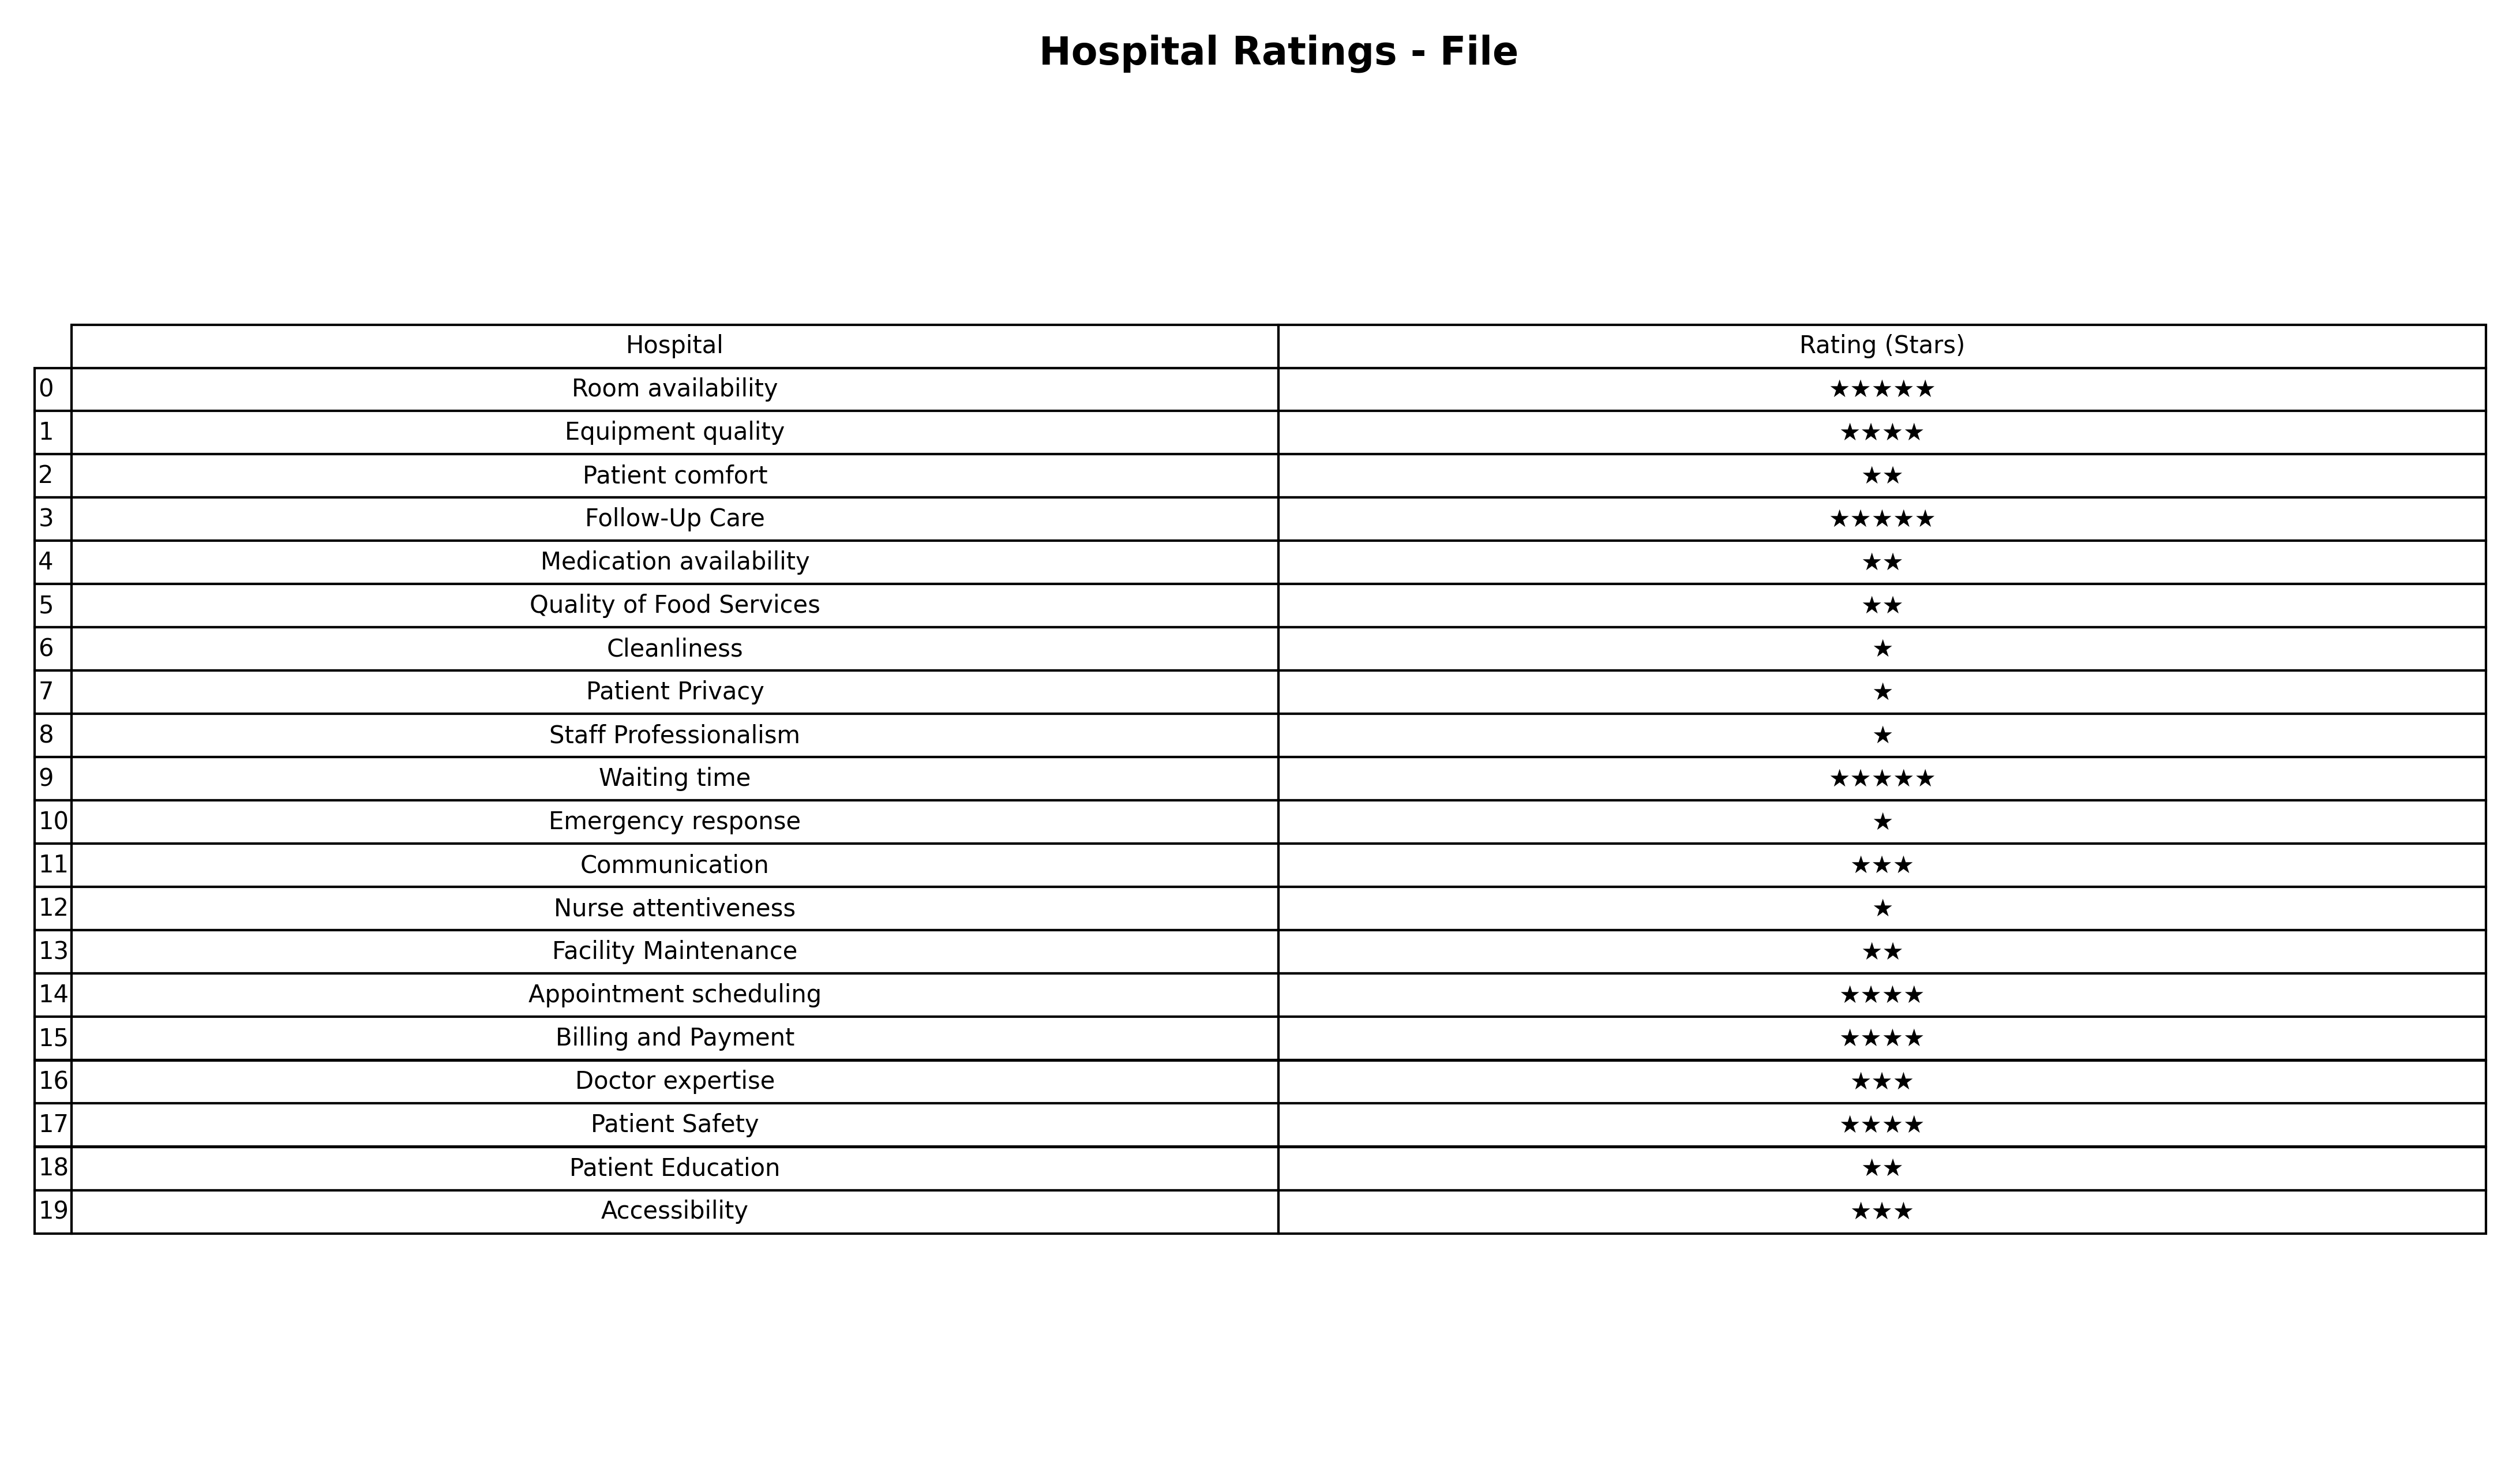
question: What is the rating of Staff Professionalism?
answer: ★